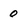
Character: 0